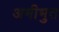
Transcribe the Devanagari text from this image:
अभीभुत